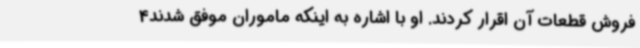
فروش قطعات آن اقرار کردند. او با اشاره به اینکه ماموران موفق شدند4